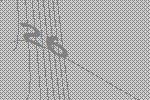
26